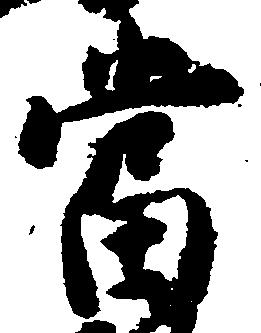
当